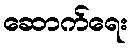
ဆောက်ရေး